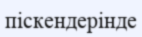
піскендерінде